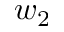
w _ { 2 }